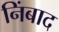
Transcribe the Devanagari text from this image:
निंबाद